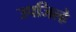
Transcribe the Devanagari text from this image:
उपजिल्हे